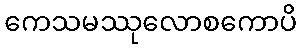
ကေသမဿုလောစကောပိ